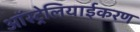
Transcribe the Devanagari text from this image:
ऑस्ट्रेलियाईकरण